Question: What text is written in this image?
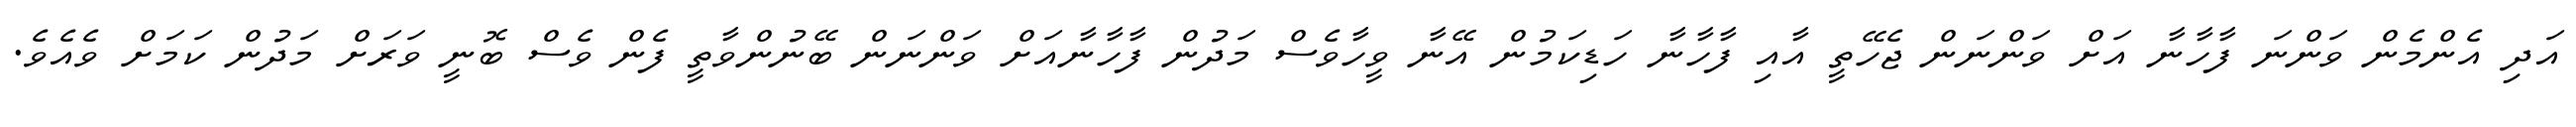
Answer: އަދި އެންމެން ވަންނަ ފާހާނާ އަށް ވަންނަން ޖެހޭތީ އާއި ފާހާނާ ހަޑިކަމުން އޭނާ ވީހާވެސް މަދުން ފާހާނާއަށް ވަންނަން ބޭނުންވާތީ ފެން ވެސް ބޮނީ ވަރަށް މަދުން ކަމަށް ވެއެވެ.